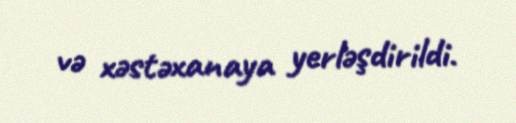
və xəstəxanaya yerləşdirildi.